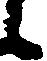
候